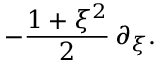
- { \frac { 1 + \xi ^ { 2 } } { 2 } } \, \partial _ { \xi } .